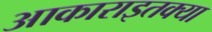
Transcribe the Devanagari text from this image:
आकाराइतक्या